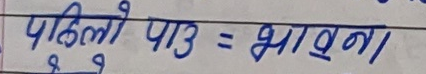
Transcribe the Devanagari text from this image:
पहिलो पाठ = भावना